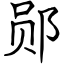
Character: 郧